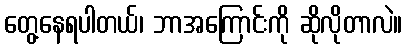
တွေ့နေရပါတယ်၊ ဘာအကြောင်းကို ဆိုလိုတာလဲ။